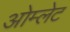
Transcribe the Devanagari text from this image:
ओम्लेट